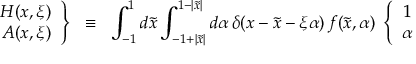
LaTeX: \left. \begin{array} { r } { { H ( x , \xi ) } } \\ { { A ( x , \xi ) } } \end{array} \right\} \; \; \equiv \; \; \int _ { - 1 } ^ { 1 } d \tilde { x } \int _ { - 1 + | \tilde { x } | } ^ { 1 - | \tilde { x } | } d \alpha \, \delta ( x - \tilde { x } - \xi \alpha ) \, f ( \tilde { x } , \alpha ) \; \left\{ \begin{array} { r } { { 1 } } \\ { { \alpha } } \end{array} \right.